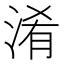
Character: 淆